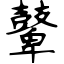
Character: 鼙